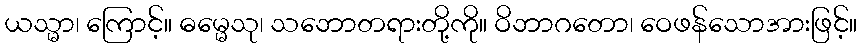
ယသ္မာ၊ ကြောင့်။ ဓမ္မေသု၊ သဘောတရားတို့ကို။ ဝိဘာဂတော၊ ဝေဖန်သောအားဖြင့်။